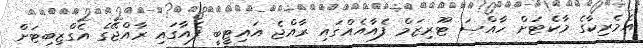
އެމެރިކާގެ މާކެޓަށް ހާއްސަ ޓޫރިޒަމް ފެއާއެއްގައި ރާއްޖެ އައިޓީބީ ފެއާގައި ރާއްޖޭގެ އެގްޒިބިޓަށް